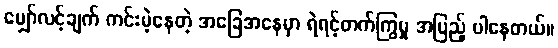
မျှော်လင့်ချက် ကင်းမဲ့နေတဲ့ အခြေအနေမှာ ရဲရင့်တက်ကြွမှု အပြည့် ပါနေတယ်။